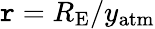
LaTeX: \mathtt{r}=R_{\mathrm{{E}}}/y_{\mathrm{{atm}}}